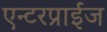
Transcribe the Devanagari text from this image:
एन्टरप्राईज